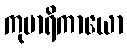
ကုမာရိကာယော